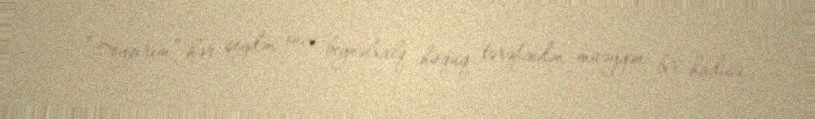
- “Soyqırım” hər şeydən öncə beynəlxalq hüquq tərəfindən müəyyən bir hadisə